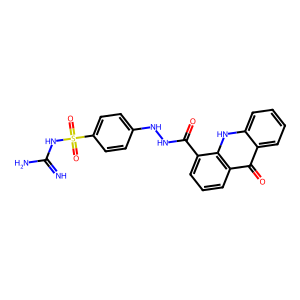
SMILES: N=C(N)NS(=O)(=O)c1ccc(NNC(=O)c2cccc3c(=O)c4ccccc4[nH]c23)cc1
Inhibits HIV replication: No